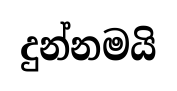
දුන්නමයි